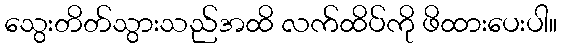
သွေးတိတ်သွားသည်အထိ လက်ထိပ်ကို ဖိထားပေးပါ။